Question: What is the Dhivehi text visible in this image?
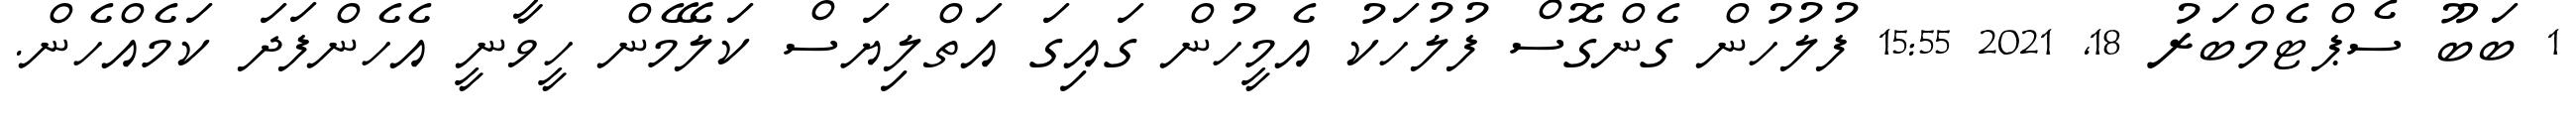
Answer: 1 ބަބޫ ސެޕްޓެމްބަރު 18, 2021 15:55 ފުލުހުން ގެންގޮސް ފުލުހަކު އެމީހުން ގައިގަ އަތްލިޔަސް ކަލޭމެން ހީވާނީ އެހެންފަދަ ކަމެއްހެން.